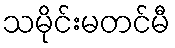
သမိုင်းမတင်မီ